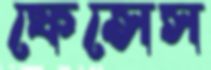
ফেন্সেস